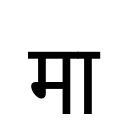
OCR:
मा